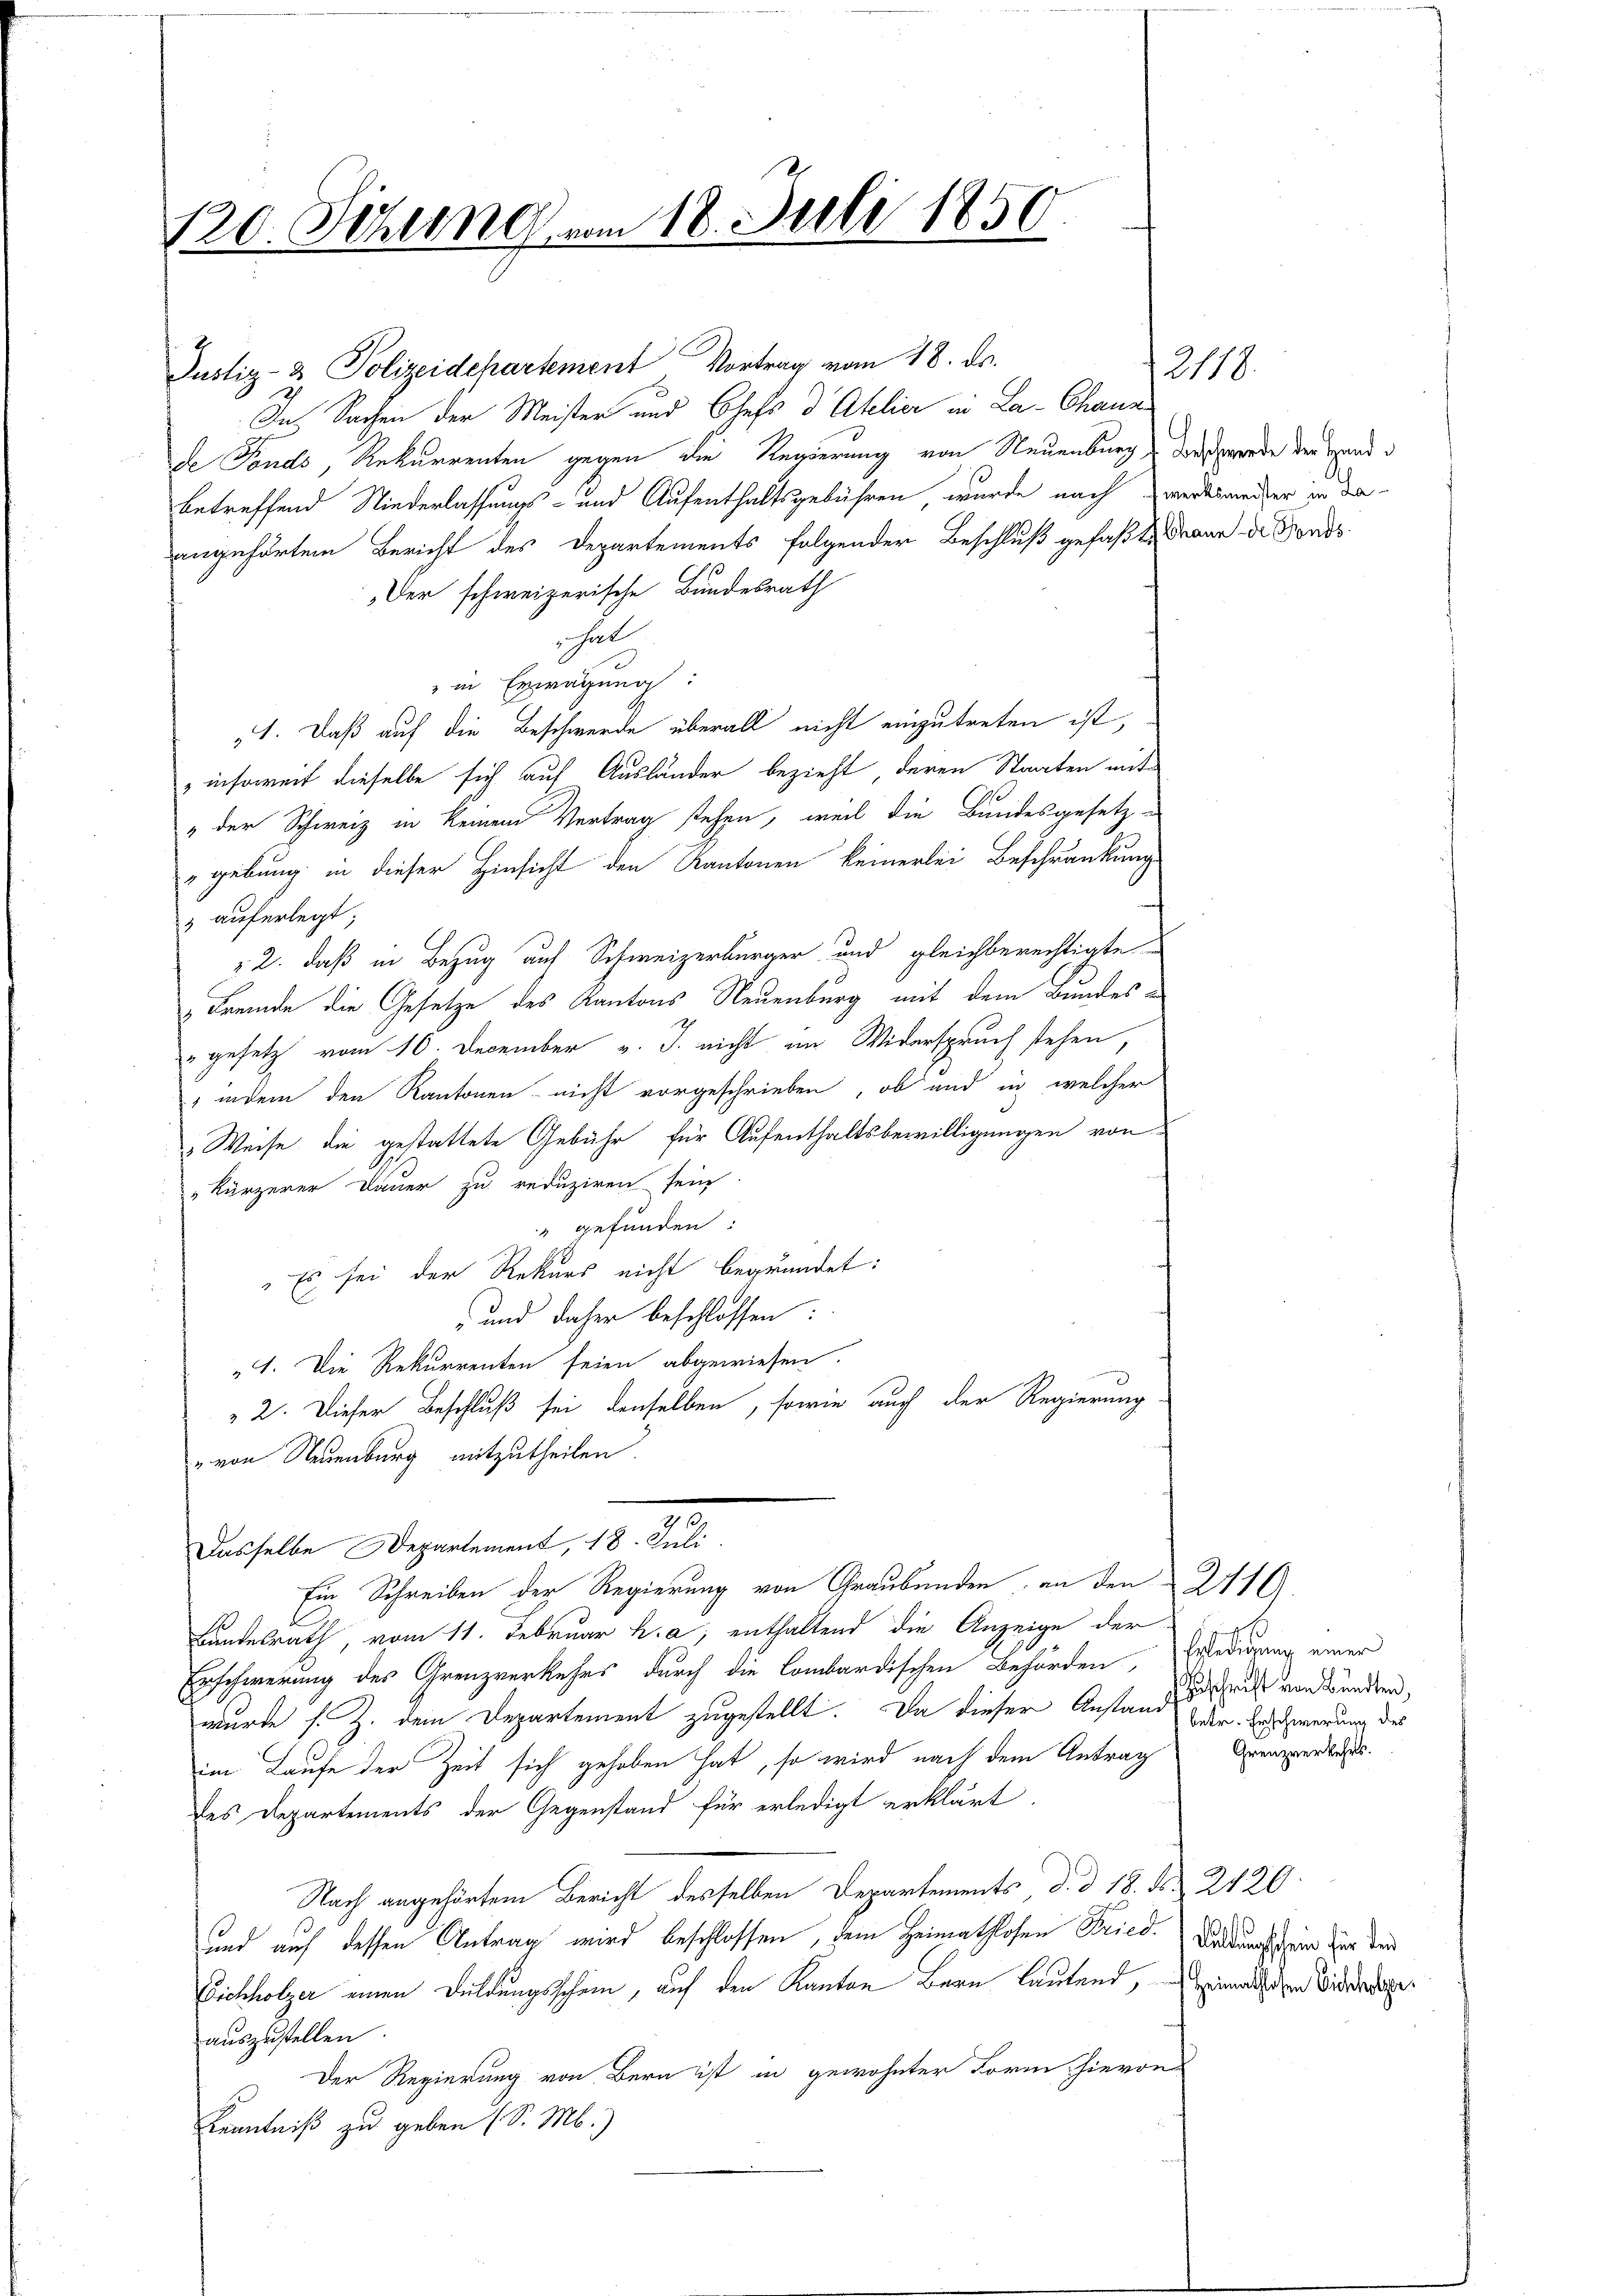
120. Sehlung vom 18. Juli 1850

Justiz- & Polizeidepartement Vortrag vom 18. ds.
In Sachen der Meister und Chefs d Aklier in La-Chann
de Fonds, Rekurrenten gegen die Regierung von Neuenburg, das werde der Hand
betreffend Niederlassungs- und Aufenthaltsgebühren wurde nach werksandter in da-
angehörten Bericht des Departements folgender Beschluß gefaßte dann die Fonds
Der schweizerische Bundesrath
hal
" in Erwägung:
„1. Daß auf die Beschwerde überall nicht einzutreten ist,
insoweit dieselbe sich auf Ausländer bezieht, deren Staaten mit
& der Schweiz in keinem Vertrag stehen, weil die Bundesgesetz-
zgebung in dieser Hinsicht den Kantonen keinerlei Beschränkung
z auferlegt;
 2. daß in Bezug auf Schweizerbürger und gleichberechtigte
Fremde die Gesetze des Kantons Neuenburg mit dem Bundes
" gesetz vom 10. December v. J. nicht im Widerspruch stehen,
 indem den Kantonen nicht vorgeschrieben, ob und in welcher
Weise die gestattete Gebühr für Aufenthaltsbewilligungen von
Kürzerer Dauer zu reduziren sein.
" gefunden:
 Es sei der Rekurs nicht begründet:
 und daher beschlossen:
„1. Die Rekurrenten seien abgewiesen.
2. Dieser Beschluß sei denselben, sowie auch der Regierung
" von Neuenburg mitzutheilen.
Dasselbe Departement, 18. Juli.
Ein Schreiben der Regierung von Graubünden, an den 2110.
Bundesrath, vom 11. Februar h. a; enthaltend die Anzeige der
8
2
Erschwerung des Grenzverkehrs durch die Combardischen Behörden,
wurde s. Z. dem Departement zugestellt. Da dieser Anstandes schrift von Bundern,
im Laufe der Zeit sich gehoben hat, so wird nach dem Antrag
des Departements der Gegenstand für erledigt erklärt.
Nach angehörtem Bericht desselben Departements d. d. 18. d. 2420
und auf dessen Antrag wird beschlossen, dem Heimathlosen Fried. Fadenstein zur der
Eichholzer einen Duldungsschein, auf den Kanton Bern lautend, die Eidgeauszustellen.
Der Regierung von Bern ist in gewohnter Form, hievon
Kenntniß zu geben (S. M.)

2118.

Erledigung einer
betr. Erschwerung des
Grenzverkehrs.